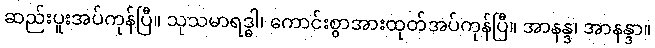
ဆည်းပူးအပ်ကုန်ပြီ။ သုသမာရဒ္ဓါ၊ ကောင်းစွာအားထုတ်အပ်ကုန်ပြီ။ အာနန္ဒ၊ အာနန္ဒာ။